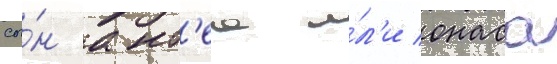
сы́н ант'еа и́л'и онаса